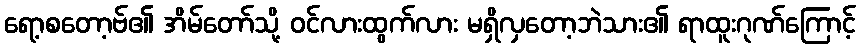
ရော့စတော့ဗ်၏ အိမ်တော်သို့ ဝင်လားထွက်လား မရှိလှတော့ဘဲသား၏ ရာထူးဂုဏ်ကြောင့်